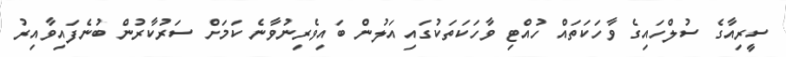
ސީރިއާގެ ސުލްހައިގެ ވާހަކަތައް ހުއްޓި ވާހަކަތަކުގައި އަލުން ބައިވެރިނުވާނެ ކަމަށް ސަރުކާރުން ބުނެފައިވާއިރު